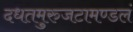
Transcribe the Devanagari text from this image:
दधतमुरुजटामण्डलं